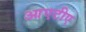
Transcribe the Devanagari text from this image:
आएटीए